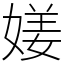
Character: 𡟜